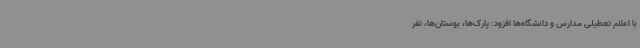
با اعلام تعطیلی مدارس و دانشگاه‌ها افزود: پارک‌ها، بوستان‌ها، تفر